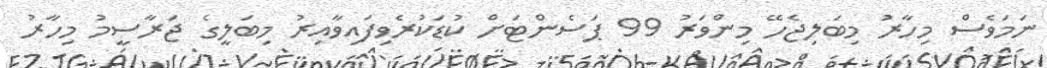
ނަމަވެސް މިހާރު މިބަލިޖެހޭ މިންވަރު 99 ޕަސެންޓަށް ކުޑަކުރެވިފައިވާއިރު މިބަލީގެ ޖަރާސީމު މިހާރު